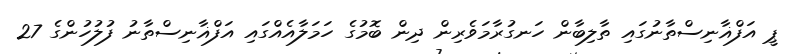
ޕީ އަފްޣާނިސްތާނުގައި ތާލިބާން ހަނގުރާމަވެރިން ދިން ބޮމުގެ ހަމަލާއެއްގައި އަފްޣާނިސްތާނު ފުލުހުންގެ 27